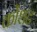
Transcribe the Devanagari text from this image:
कोंशट